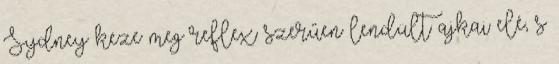
Sydney keze meg reflex szerűen lendült ajkai elé, s